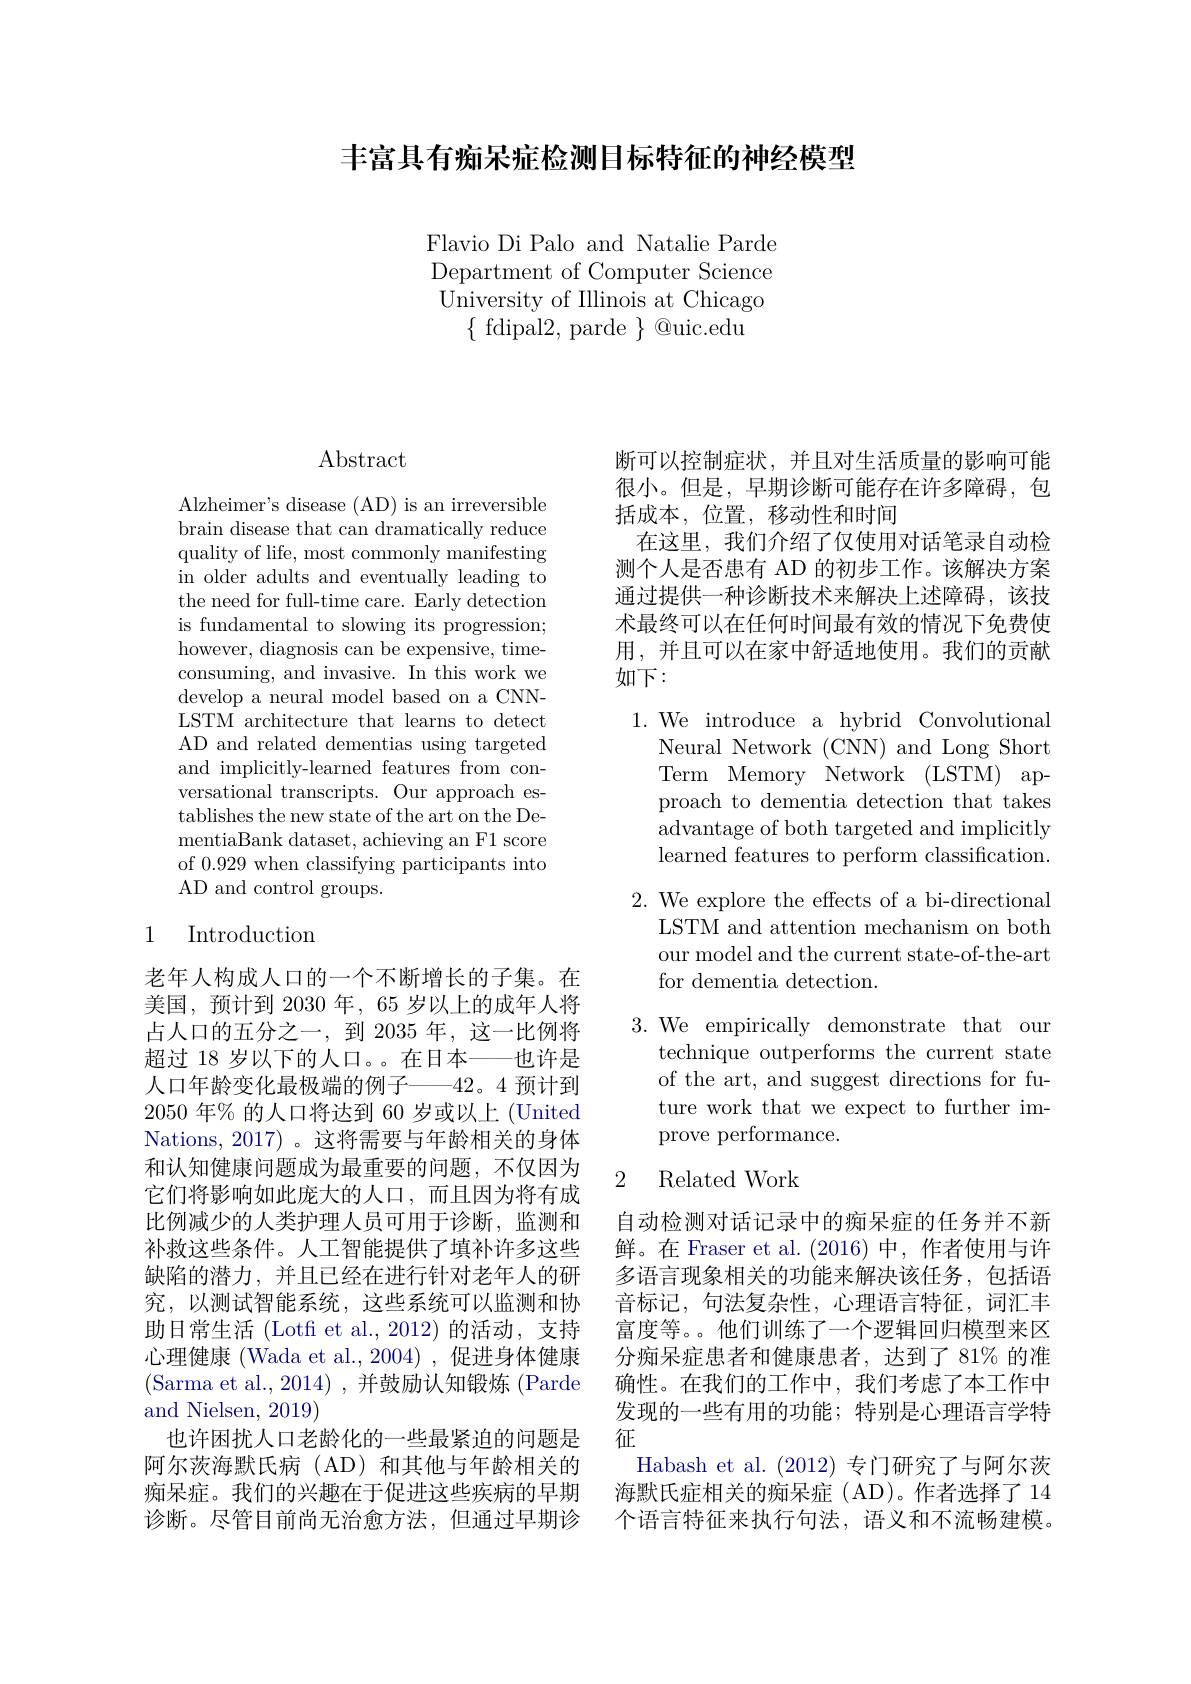
丰富具有痴呆症检测目标特征的神经模型

Flavio Di Palo and Natalie Parde Department of Computer Science University of Illinois at Chicago
$\{$ fdipal2, parde $\}$ @uic.edu

## $\operatorname{Abstract}$

Alzheimer's disease (AD) is an irreversible brain disease that can dramatically reduce quality of life, most commonly manifesting in older adults and eventually leading to the need for full-time care. Early detection is fundamental to slowing its progression; however, diagnosis can be expensive, timeconsuming, and invasive. In this work we develop a neural model based on a CNNLSTM architecture that learns to detect AD and related dementias using targeted and implicitly-learned features from conversational transcripts. Our approach establishes the new state of the art on the DementiaBank dataset, achieving an F1 score of 0.929 when classifying participants into AD and control groups.

## 1 Introduction

老年人构成人口的一个不断增长的子集。在美国，预计到 2030 年，65 岁以上的成年人将占人口的五分之一，到 2035 年，这一比例将超过 18 岁以下的人口。。在日本——也许是人口年龄变化最极端的例子———42。4 预计到2050 年% 的人口将达到 60 岁或以上 (United Nations, 2017) 。这将需要与年龄相关的身体和认知健康问题成为最重要的问题，不仅因为它们将影响如此庞大的人口，而且因为将有成比例减少的人类护理人员可用于诊断，监测和补救这些条件。人工智能提供了填补许多这些缺陷的潜力，并且已经在进行针对老年人的研究，以测试智能系统，这些系统可以监测和协助日常生活 (Lotfi et al., 2012)的活动，支持心理健康 (Wada et al., 2004) , 促进身体健康(Sarma et al., 2014) , 并鼓励认知锻炼 (Parde and Nielsen, 2019)
也许困扰人口老龄化的一些最紧迫的问题是阿尔茨海默氏病(AD)和其他与年龄相关的痴呆症。我们的兴趣在于促进这些疾病的早期诊断。尽管目前尚无治愈方法，但通过早期诊

断可以控制症状，并且对生活质量的影响可能很小。但是，早期诊断可能存在许多障碍，包括成本，位置，移动性和时间
在这里，我们介绍了仅使用对话笔录自动检测个人是否患有 AD 的初步工作。该解决方案通过提供一种诊断技术来解决上述障碍，该技术最终可以在任何时间最有效的情况下免费使用，并且可以在家中舒适地使用。我们的贡献如下：

1. We introduce a hybrid Convolutional
Neural Network (CNN) and Long Short Term Memory Network (LSTM) approach to dementia detection that takes advantage of both targeted and implicitly learned features to perform classification.
2. We explore the effects of a bi-directional
LSTM and attention mechanism on both our model and the current state-of-the-art for dementia detection.
3.We empirically demonstrate that our
technique outperforms the current state of the art, and suggest directions for future work that we expect to further improve performance.

### 2 Related Work

自动检测对话记录中的痴呆症的任务并不新鲜。在 Fraser et al.(2016)中，作者使用与许多语言现象相关的功能来解决该任务，包括语音标记，句法复杂性，心理语言特征，词汇丰富度等。。他们训练了一个逻辑回归模型来区分痴呆症患者和健康患者，达到了 81% 的准确性。在我们的工作中，我们考虑了本工作中发现的一些有用的功能；特别是心理语言学特征
Habash et al. (2012)专门研究了与阿尔茨海默氏症相关的痴呆症(AD)。作者选择了14个语言特征来执行句法，语义和不流畅建模。